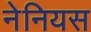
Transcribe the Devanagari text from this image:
नेनियस